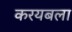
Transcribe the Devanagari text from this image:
करयबला